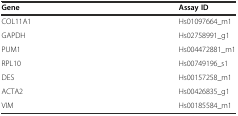
| Gene | Assay ID |
 | --- | --- |
 | COL11A1 | Hs01097664_m1 |
 | GAPDH | Hs02758991_g1 |
 | PUM1 | Hs004472881_m1 |
 | RPL10 | Hs00749196_s1 |
 | DES | Hs00157258_m1 |
 | ACTA2 | Hs00426835_g1 |
 | VIM | Hs00185584_m1 |